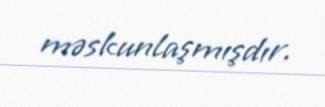
məskunlaşmışdır.